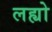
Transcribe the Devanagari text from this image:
लह्यो